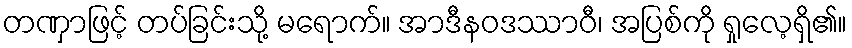
တဏှာဖြင့် တပ်ခြင်းသို့ မရောက်။ အာဒီနဝဒဿာဝီ၊ အပြစ်ကို ရှုလေ့ရှိ၏။